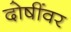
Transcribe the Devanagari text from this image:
दोषींवर